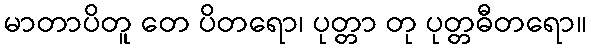
မာတာပိတူ တေ ပိတရော၊ ပုတ္တာ တု ပုတ္တဓီတရော။